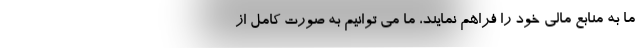
ما به منابع مالی خود را فراهم نمایند، ما می توانیم به صورت کامل از